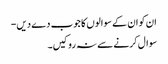
ان کو ان کے سوالوں کا جوب دے دیں-
سوال کرنے سے نہ روکیں۔